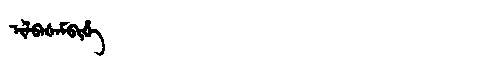
Manchu: ᡳᠯᠪᠠᡧᠠᠮᠪᡳᡥᡝ
Romanization: ILBAŠAMBIHE